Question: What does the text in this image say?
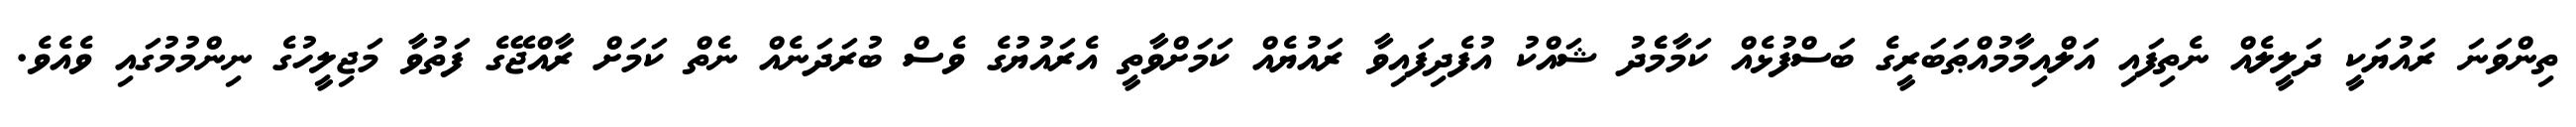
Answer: ތިންވަނަ ރައުޔަކީ ދަލީލެއް ނެތިފައި އަލްއިމާމުއްޠަބަރީގެ ބަސްފުޅެއް ކަމާމެެދު ޝައްކު އުފެދިފައިވާ ރައުޔެއް ކަމަށްވާތީ އެރައުޔުގެ ވެސް ބުރަދަނެއް ނެތް ކަމަށް ރާއްޖޭގެ ފަތުވާ މަޖިލީހުގެ ނިންމުމުގައި ވެއެވެ.